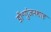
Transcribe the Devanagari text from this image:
डॉ॰गुंजनशाह